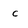
Character: c